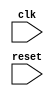
module behavior_block (
    input wire clk,
    input wire reset
);

always @(posedge clk or negedge reset) begin
    // Behavior code goes here
end

endmodule